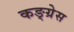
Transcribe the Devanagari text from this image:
कङ्ग्रेस